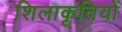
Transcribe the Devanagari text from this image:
शिलाकृतियों